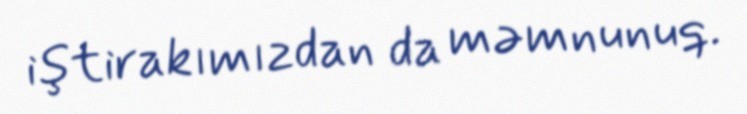
iştirakımızdan da məmnunuq.